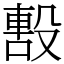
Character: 毄